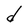
Character: d